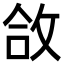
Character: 㪉